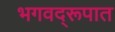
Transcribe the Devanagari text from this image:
भगवद्‌रूपात